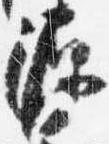
源